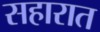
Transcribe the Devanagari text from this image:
सहारात